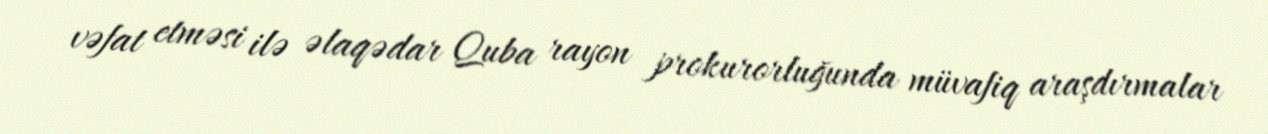
vəfat etməsi ilə əlaqədar Quba rayon prokurorluğunda müvafiq araşdırmalar